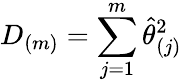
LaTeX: D_{(m)}=\sum_{j=1}^{m}\widehat{\theta}_{(j)}^{2}